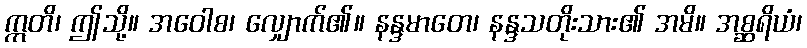
ဣတိ၊ ဤသို့။ အဝေါစ၊ လျှောက်၏။ နန္ဒမာတေ၊ နန္ဒသတိုးသား၏ အမိ။ အစ္ဆရိယံ၊